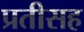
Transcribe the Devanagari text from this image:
प्रतीसह